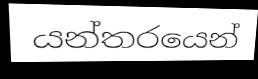
යන්තරයෙන්